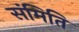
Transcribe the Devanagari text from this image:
संमिति